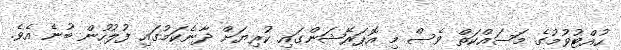
ހުއްޓުވުމުގެ މަސައްކަތް ވެސް މި އޮޕަރޭޝަންގައި ކުރިޔަށް ދާނެކަމުގައި ފުލުހުން ބުނެ އެވެ.